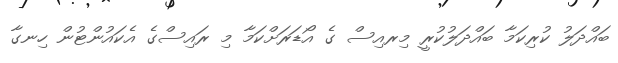
ބައްދަލު ކުރިިކަމާ ބައްދަލުކުރީ މިރއިސް ގެ އޯޑަރަށްކަމާ މި ރައިސްގެ އެކައުންޓުން ހިނގާ